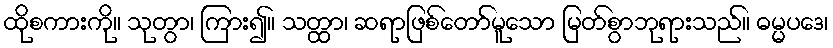
ထိုစကားကို။ သုတွာ၊ ကြား၍။ သတ္ထာ၊ ဆရာဖြစ်တော်မူသော မြတ်စွာဘုရားသည်။ ဓမ္မပဒေ၊